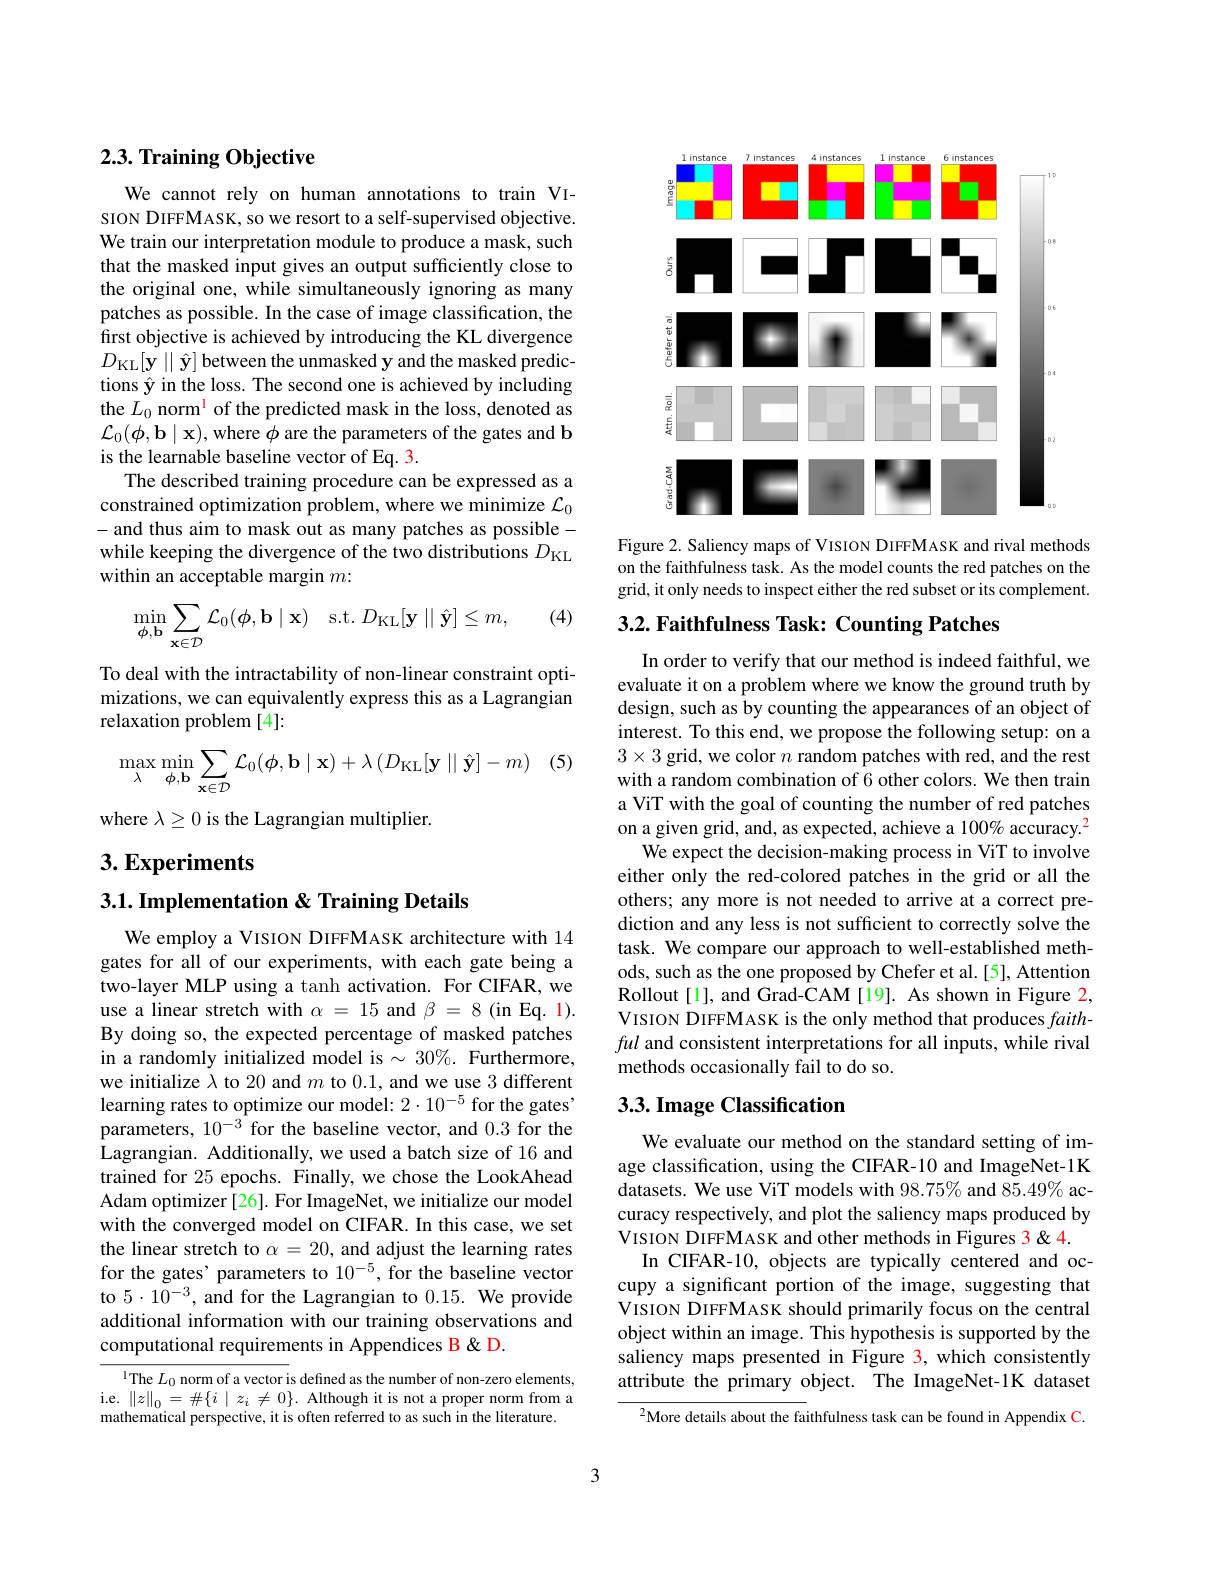
## 2.3. Training Objective

We cannot rely on human annotations to train VISION DIFFMASK, so we resort to a self-supervised objective. We train our interpretation module to produce a mask, such that the masked input gives an output sufficiently close to the original one, while simultaneously ignoring as many patches as possible. In the case of image classification, the first objective is achieved by introducing the KL divergence $D_{\mathrm{KL}}[ \mathbf{y} \mid \mid \hat{\mathbf{y} } ]$ between the unmasked y and the masked predictions $\hat{\mathbf{y}}$ in the loss. The second one is achieved by including the $L_0$ norm$^{\mathrm{l}}$ of the predicted mask in the loss, denoted as $\mathcal{L}_0(\phi,\mathbf{b}\mid\mathbf{x})$,where $\phi$ are the parameters of the gates and b is the learnable baseline vector of Eq. 3.
The described training procedure can be expressed as a constrained optimization problem, where we minimize $\mathcal{L}_0$ -and thus aim to mask out as many patches as possiblewhile keeping the divergence of the two distributions $D_\mathrm{KL}$ within an acceptable margin $m:$

(4)
$$\min\limits_{\phi,\mathbf{b}}\sum\limits_{\mathbf{x}\in\mathcal{D}}\mathcal{L}_{0}(\phi,\mathbf{b}\mid\mathbf{x})\quad\mathrm{s.t.}D_{\mathrm{KL}}[\mathbf{y}\mid\mid\hat{\mathbf{y}}]\leq m,$$
To deal with the intractability of non-linear constraint optimizations, we can equivalently express this as a Lagrangian relaxation problem [4]:

(5)
$$\max\limits_{\lambda}\min\limits_{\phi,\mathbf{b}}\sum\limits_{\mathbf{x}\in\mathcal{D}}\mathcal{L}_{0}(\boldsymbol{\phi},\mathbf{b}\mid\mathbf{x})+\lambda\left(D_{\mathrm{KL}}[\mathbf{y}\mid\mid\hat{\mathbf{y}}]-m\right)$$
where $\lambda\geq0$ is the Lagrangian multiplier.

$3. \textbf{Experiments}$

3.1. Implementation & Training Details

We employ a VISION DIFFMASK architecture with 14 gates for all of our experiments, with each gate being a two-layer MLP using a tanh activation. For CIFAR, we use a linear stretch with $\alpha=15$ and $\beta=8($in Eq. l). By doing so, the expected percentage of masked patches in a randomly initialized model is $\sim30\%.$ Furthermore, we initialize $\lambda$ to 20 and $m$ to 0.1, and we use 3 different learning rates to optimize our model: $2\cdot10^{-5}$ for the gates' parameters, $10^{-3}$ for the baseline vector, and 0.3 for the Lagrangian. Additionally, we used a batch size of 16 and trained for 25 epochs. Finally, we chose the LookAhead Adam optimizer [26]. For ImageNet, we initialize our model with the converged model on CIFAR. In this case, we set the linear stretch to $\alpha=20$, and adjust the learning rates for the gates' parameters to 10$^{-5}$, for the baseline vector to $5\cdot10^{-3}$, and for the Lagrangian to 0.15. We provide additional information with our training observations and computational requirements in Appendices B & D.

$^{1}$The $L_0$ norm of a vector is defined as the number of non-zero elements, i.e. $\|z\|_0=\#\{i\mid z_i\neq0\}.$ Although it is not a proper norm from a mathematical perspective, it is often referred to as such in the literature.

<FigureHere>

Figure 2. Saliency maps of VISION DIFFMASK and rival methods on the faithfulness task. As the model counts the red patches on the grid, it only needs to inspect either the red subset or its complement.

3.2. Faithfulness Task: Counting Patches

In order to verify that our method is indeed faithful, we evaluate it on a problem where we know the ground truth by design, such as by counting the appearances of an object of interest. To this end, we propose the following setup: on a $3\times3$ grid, we color $n$ random patches with red, and the rest with a random combination of 6 other colors. We then train a ViT with the goal of counting the number of red patches on a given grid, and, as expected, achieve a 100% accuracy.$^{2}$
We expect the decision-making process in ViT to involve either only the red-colored patches in the grid or all the others; any more is not needed to arrive at a correct prediction and any less is not sufficient to correctly solve the task. We compare our approach to well-established methods, such as the one proposed by Chefer et al.[5], Attention Rollout[1], and Grad-CAM[19]. As shown in Figure 2, VISION DIFFMASK is the only method that produces faithful and consistent interpretations for all inputs, while rival methods occasionally fail to do so.

# 3.3. Image Classification

We evaluate our method on the standard setting of image classification, using the CIFAR-10 and ImageNet-1K datasets. We use ViT models with $98.75\%$ and $85.49\%$ accuracy respectively, and plot the saliency maps produced by VISION DIFFMASK and other methods in Figures 3 &4.
In CIFAR-10, objects are typically centered and occupy a significant portion of the image, suggesting that VISION DIFFMASK should primarily focus on the central object within an image. This hypothesis is supported by the saliency maps presented in Figure 3, which consistently attribute the primary object. The ImageNet-1K dataset

$^{2}$More details about the faithfulness task can be found in Appendix C

3